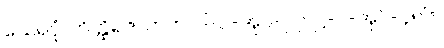
သေရပုံ၊ တိတ္ထိရဇာတက၊ ပါ-ပ-အုပ်-၂၇၊ ဋ္ဌ-ပ-အုပ်-၄၅၆။